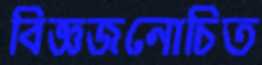
বিজ্ঞজনোচিত